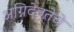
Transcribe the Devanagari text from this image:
अग्निदेवतेचे